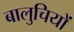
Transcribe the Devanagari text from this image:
बालुचियों